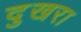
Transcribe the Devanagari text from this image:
दुखरा